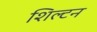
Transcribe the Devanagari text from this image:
शिल्टन